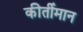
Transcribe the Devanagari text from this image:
कीर्तीमान